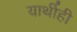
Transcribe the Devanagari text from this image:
यार्थीही